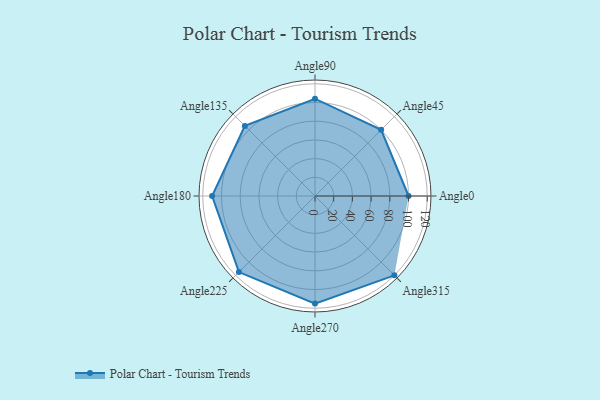
{"axis": {"x": "Angle", "y": "Radius"}, "legend": [""], "data": [{"x": "Angle0", "y": 100.0, "type": ""}, {"x": "Angle45", "y": 100.0, "type": ""}, {"x": "Angle90", "y": 104.0, "type": ""}, {"x": "Angle135", "y": 106.0, "type": ""}, {"x": "Angle180", "y": 110.0, "type": ""}, {"x": "Angle225", "y": 115.0, "type": ""}, {"x": "Angle270", "y": 115.0, "type": ""}, {"x": "Angle315", "y": 120.0, "type": ""}]}